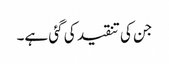
جن کی تنقید کی گئی ہے۔